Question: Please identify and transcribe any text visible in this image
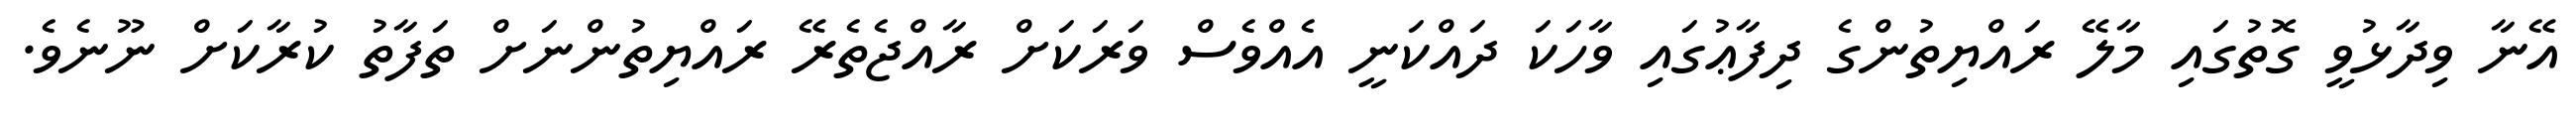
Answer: އޭނާ ވިދާޅުވީ ގޮތުގައި މާލޭ ރައްޔިތުންގެ ދިފާޢުގައި ވާހަކަ ދައްކަނީ އެއްވެސް ވަރަކަށް ރާއްޖެތެރޭ ރައްޔިތުންނަށް ތަފާތު ކުރާކަށް ނޫނެވެ.